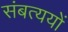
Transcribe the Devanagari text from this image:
संबत्ययों